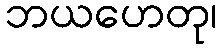
ဘယဟေတု၊